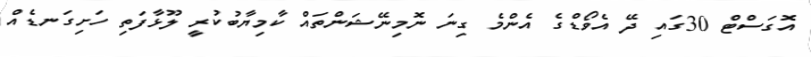
އޮގަސްޓް 30ގައި ދޭ އެވޯޑްގެ އެންމެ ގިނަ ނޮމިނޭޝަންތައް ކާމިޔާބުކުރީ ލޫޅާފަތި ހަށިގަނޑެއް